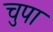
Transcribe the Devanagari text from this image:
चुपा